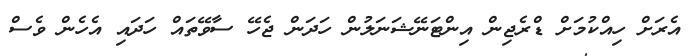
އެރަށް ހިއްކުމަށް ޑްރެޖިން އިންޓަނޭޝަނަލުން ހަދަން ޖެހޭ ސާވޭތައް ހަދައި އެހެން ވެސް